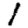
Digit: 1